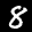
Label: 8